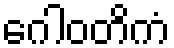
ဂေါဝတိကံ